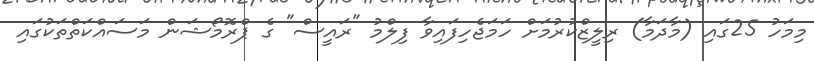
މިމަހު 25ގައި (މާދަމާ) ރިލީޒްކުރުމަށް ހަމަޖެހިފައިވާ ފިލްމު "ރައީސް" ގެ ޕްރޮމޯޝަން މަސައްކަތްތަކުގައި